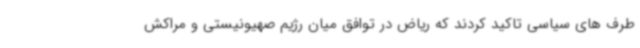
طرف های سیاسی تاکید کردند که ریاض در توافق میان رژیم صهیونیستی و مراکش